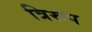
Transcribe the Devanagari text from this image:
त्रिरूप